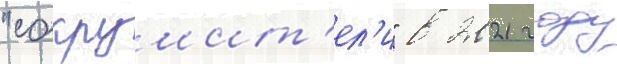
"сокрушит'ел'и" в 2021 году